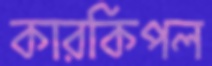
কারকিপল